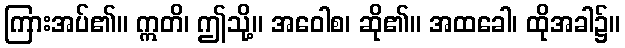
ကြားအပ်၏။ ဣတိ၊ ဤသို့။ အဝေါစ၊ ဆို၏။ အထခေါ၊ ထိုအခါ၌။